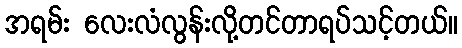
အရမ်း လေးလံလွန်းလို့တင်တာရပ်သင့်တယ်။